Report of the Indian Hemp Drugs Commission, 1894-1895 - Volume IV
Year: 1894
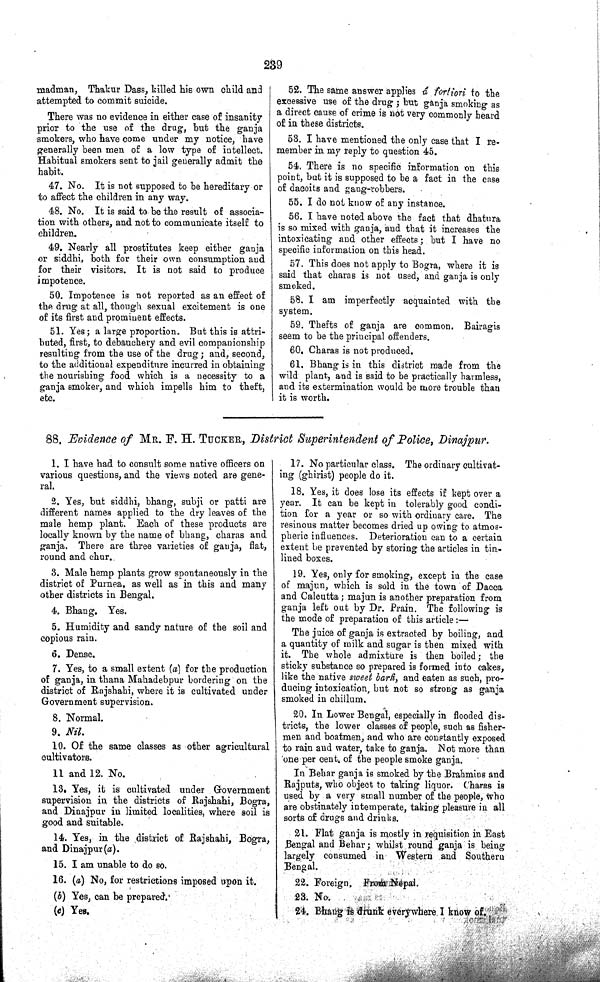
239
madman, Thakur Dass, killed his own child and
attempted to commit suicide.
There was no evidence in either case of insanity
prior to the use of the drug, but the ganja
smokers, who have come under my notice, have
generally been men of a low type of intellect.
Habitual smokers sent to jail generally admit the
habit.
47. No. It is not supposed to be hereditary or
to affect the children in any way.
48. No. It is said to be the result of associa-
tion with others, and not to communicate itself to
children.
49. Nearly all prostitutes keep either ganja
or siddhi, both for their own consumption and
for their visitors. It is not said to produce
impotence.
50. Impotence is not reported as an effect of
the drug at all, though sexual excitement is one
of its first and prominent effects.
51. Yes; a large proportion. But this is attri-
buted, first, to debauchery and evil companionship
resulting from the use of the drug; and, second,
to the additional expenditure incurred in obtaining
the nourishing food which is a necessity to a
ganja smoker, and which impells him to theft,
etc.
52. The same answer applies á fortiori to the
excessive use of the drug; but ganja smoking as
a direct cause of crime is not very commonly heard
of in these districts.
53. I have mentioned the only case that I re-
member in my reply to question 45.
54. There is no specific information on this
point, but it is supposed to be a fact in the case
of dacoits and gang-robbers.
55. I do not know of any instance.
56. I have noted above the fact that dhatura
is so mixed with ganja, and that it increases the
intoxicating and other effects; but I have no
specific information on this head.
57. This does not apply to Bogra, where it is
said that charas is not used, and ganja is only
smoked.
58. I am imperfectly acquainted with the
system.
59. Thefts of ganja are common. Bairagis
seem to be the principal offenders.
60. Charas is not produced.
61. Bhang is in this district made from the
wild plant, and is said to be practically harmless,
and its extermination would be more trouble than
it is worth.
88. Evidence of MR. F. H. TUCKER, District Superintendent of Police, Dinajpur.
1. I have had to consult some native officers on
various questions, and the views noted are gene-
ral.
2. Yes, but siddhi, bhang, subji or patti are
different names applied to the dry leaves of the
male hemp plant. Each of these products are
locally known by the name of bhang, charas and
ganja. There are three varieties of ganja, flat,
round and chur.
3. Male hemp plants grow spontaneously in the
district of Purnea, as well as in this and many
other districts in Bengal.
4. Bhang. Yes.
5. Humidity and sandy nature of the soil and
copious rain.
6. Dense.
7. Yes, to a small extent (a) for the production
of ganja, in thana Mahadebpur bordering on the
district of Rajshahi, where it is cultivated under
Government supervision.
8. Normal.
9. Nil.
10. Of the same classes as other agricultural
cultivators.
11 and 12. No.
13. Yes, it is cultivated under Government
supervision in the districts of Rajshahi, Bogra,
and Dinajpur in limited localities, where soil is
good and suitable.
14. Yes, in the district of Rajshahi, Bogra,
and Dinajpur(a).
15. I am unable to do so.
16. (a) No, for restrictions imposed upon it.
(b) Yes, can be prepared.
(c) Yes.
17. No particular class. The ordinary cultivat-
ing (ghirist) people do it.
18. Yes, it does lose its effects if kept over a
year. It can be kept in tolerably good condi-
tion for a year or so with ordinary care. The
resinous matter becomes dried up owing to atmos-
pheric influences. Deterioration can to a certain
extent be prevented by storing the articles in tin-
lined boxes.
19. Yes, only for smoking, except in the case
of majun, which is sold in the town of Dacca
and Calcutta; majun is another preparation from
ganja left out by Dr. Prain. The following is
the mode of preparation of this article:—
The juice of ganja is extracted by boiling, and
a quantity of milk and sugar is then mixed with
it. The whole admixture is then boiled; the
sticky substance so prepared is formed into cakes,
like the native sweet barfi, and eaten as such, pro-
ducing intoxication, but not so strong as ganja
smoked in chillum.
20. In Lower Bengal, especially in flooded dis-
tricts, the lower classes of people, such as fisher-
men and boatmen, and who are constantly exposed
to rain and water, take to ganja. Not more than
one per cent. of the people smoke ganja.
In Behar ganja is smoked by the Brahmins and
Rajputs, who object to taking liquor. Charas is
used by a very small number of the people, who
are obstinately intemperate, taking pleasure in all
sorts of drugs and drinks.
21. Flat ganja is mostly in requisition in East
Bengal and Behar; whilst round ganja is being
largely consumed in Western and Southern
Bengal.
22. Foreign. From Nepal.
23.
No.
24. Bhang is drunk everywhere I know of.